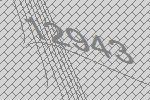
12943